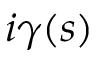
i \gamma ( s )